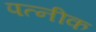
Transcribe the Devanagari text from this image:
पत्नीक